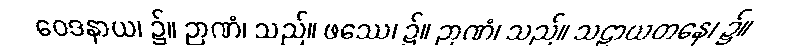
ဝေဒနာယ၊ ၌။ ဉာဏံ၊ သည်။ ဖဿေ၊ ၌။ ဉာဏံ၊ သည်။ သဠာယတနေ၊ ၌။